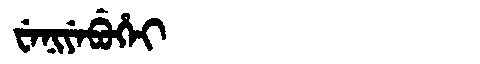
Manchu: ᠸᡝᠨᡳᠶᡝᠪᡠᡥᡝᡳ
Romanization: WENIYEBUHEI